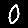
Digit: 0